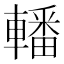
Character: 轓